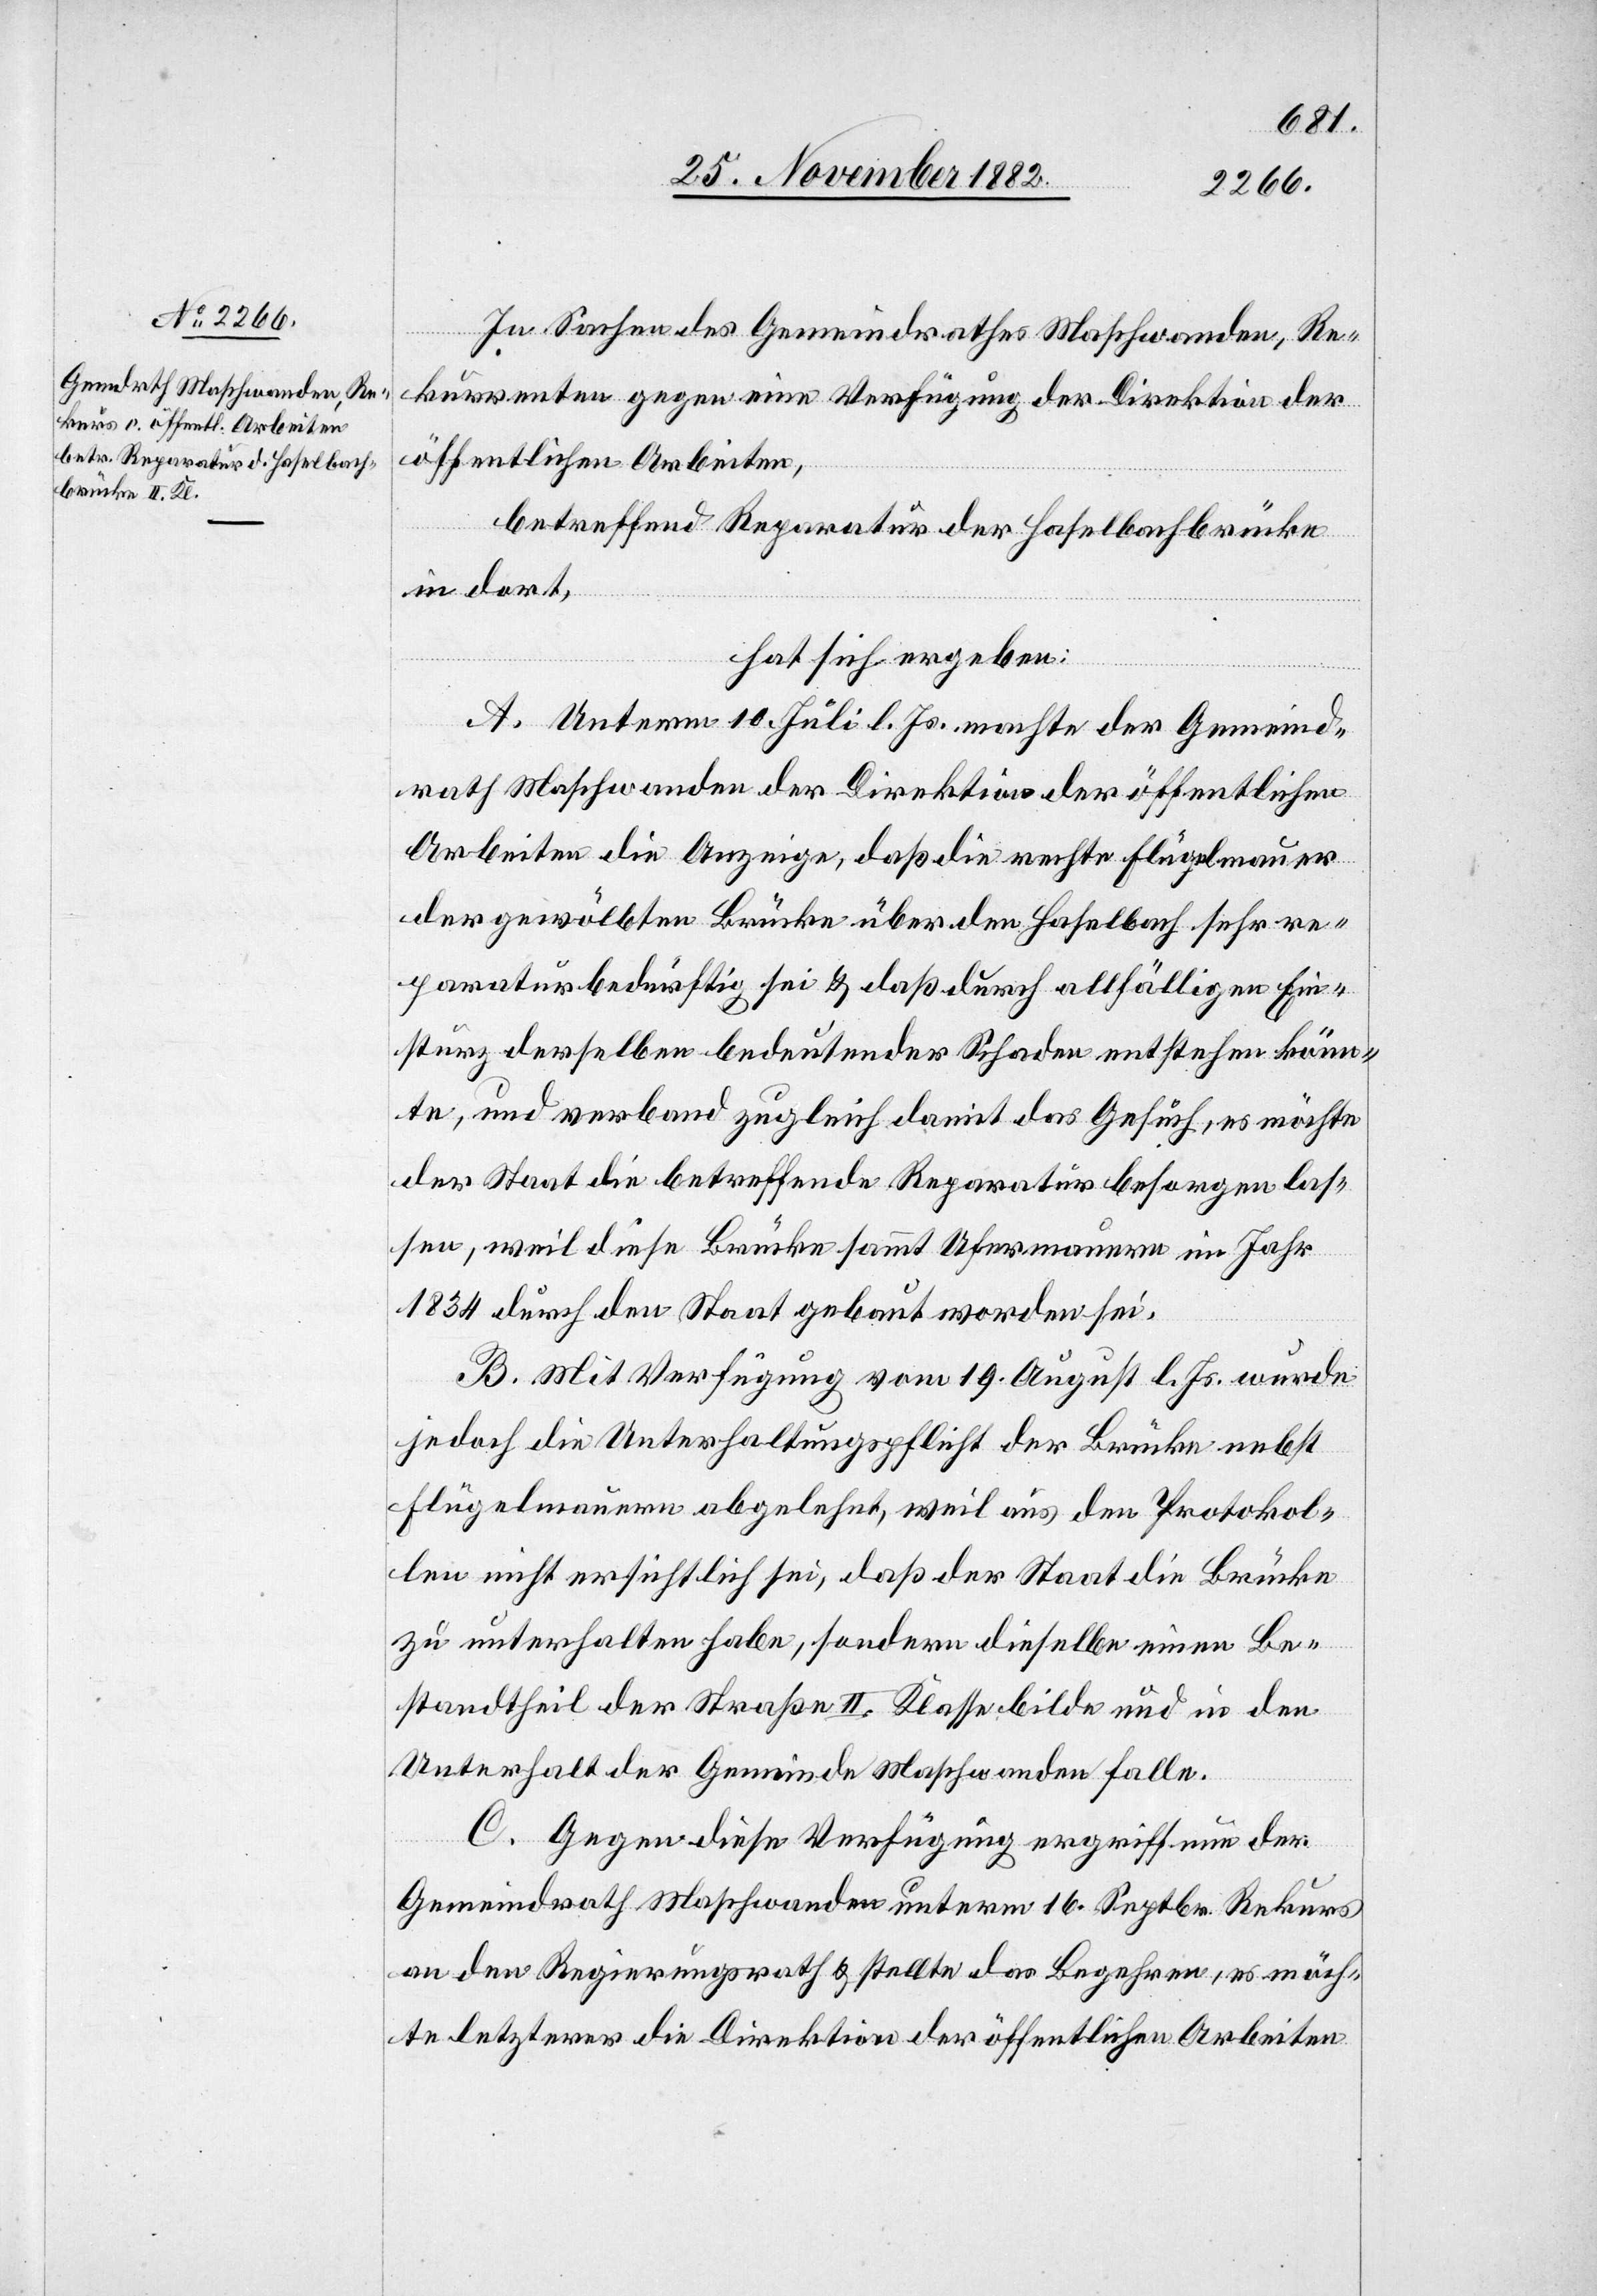
In Sachen des Gemeindrathes Maschwanden, Re¬
kurrenten gegen eine Verfügung der Direktion der
öffentlichen Arbeiten,
betreffend Reparatur der Haselbachbrücke
in dort,
hat sich ergeben:
A. Unterm 10. Juli l. Js. machte der Gemeind¬
rath Maschwanden der Direktion der öffentlichen
Arbeiten die Anzeige, daß die rechte Flügelmauer
der gewölbten Brücke über den Haselbach sehr re¬
paraturbedürftig sei & daß durch allfälligen Ein¬
sturz derselben bedeutender Schaden entstehen könn¬
te, und verband zugleich damit das Gesuch, es möchte
der Staat die betreffende Reparatur besorgen las¬
sen, weil diese Brücke sammt Ufermauern im Jahr
1834 durch den Staat gebaut worden sei.
B. Mit Verfügung vom 19. August l. Js. wurde
jedoch die Unterhaltungspflicht der Brücke nebst
Flügelmauern abgelehnt, weil aus den Protokol¬
len nicht ersichtlich sei, daß der Staat die Brücke
zu unterhalten habe, sondern dieselbe einen Be¬
standtheil der Straße II. Klasse bilde und in den
Unterhalt der Gemeinde Maschwanden falle.
C. Gegen diese Verfügung ergriff nun der
Gemeindrath Maschwanden unterm 16. Septbr. Rekurs
an den Regierungsrath & stellte das Begehren, es möch¬
te letzterer die Direktion der öffentlichen Arbeiten